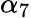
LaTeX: \alpha_{7}